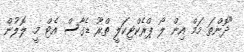
"ދޮންތަ މަމް އިން ލޯ ޕްރެކްޓިކަލީ ތްރޫ ޑެގާސް އެޓް މީ. ލޮލުން